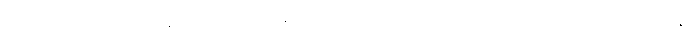
ကမ္ဘာအရပ်ရပ်ရှိ နေလောင်ကာခရင်မ် အမှတ်တံဆိပ်အမျိုးမျိုးဟာ ထုတ်လုပ်သူနဲ့